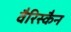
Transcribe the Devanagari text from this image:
वैरिस्कैन